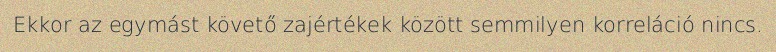
Ekkor az egymást követő zajértékek között semmilyen korreláció nincs.